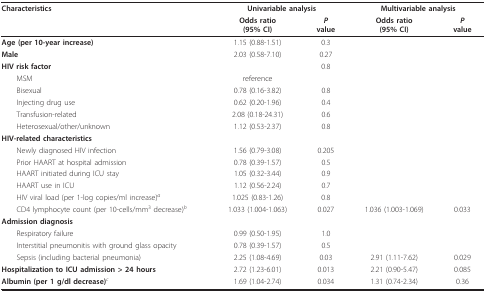
<table><thead><tr><td><b>Characteristics</b></td><td colspan="2"><b>Univariable analysis</b></td><td colspan="2"><b>Multivariable analysis</b></td></tr><tr><td></td><td><b>Odds ratio(95% CI)</b></td><td><b><i>P</i>value</b></td><td><b>Odds ratio(95% CI)</b></td><td><b><i>P</i>value</b></td></tr></thead><tbody><tr><td><b>Age (per 10-year increase)</b></td><td>1.15 (0.88-1.51)</td><td>0.3</td><td></td><td></td></tr><tr><td><b>Male</b></td><td>2.03 (0.58-7.10)</td><td>0.27</td><td></td><td></td></tr><tr><td><b>HIV risk factor</b></td><td></td><td>0.8</td><td></td><td></td></tr><tr><td> MSM</td><td>reference</td><td></td><td></td><td></td></tr><tr><td> Bisexual</td><td>0.78 (0.16-3.82)</td><td>0.8</td><td></td><td></td></tr><tr><td> Injecting drug use</td><td>0.62 (0.20-1.96)</td><td>0.4</td><td></td><td></td></tr><tr><td> Transfusion-related</td><td>2.08 (0.18-24.31)</td><td>0.6</td><td></td><td></td></tr><tr><td> Heterosexual/other/unknown</td><td>1.12 (0.53-2.37)</td><td>0.8</td><td></td><td></td></tr><tr><td><b>HIV-related characteristics</b></td><td></td><td></td><td></td><td></td></tr><tr><td> Newly diagnosed HIV infection</td><td>1.56 (0.79-3.08)</td><td>0.205</td><td></td><td></td></tr><tr><td> Prior HAART at hospital admission</td><td>0.78 (0.39-1.57)</td><td>0.5</td><td></td><td></td></tr><tr><td> HAART initiated during ICU stay</td><td>1.05 (0.32-3.44)</td><td>0.9</td><td></td><td></td></tr><tr><td> HAART use in ICU</td><td>1.12 (0.56-2.24)</td><td>0.7</td><td></td><td></td></tr><tr><td> HIV viral load (per 1-log copies/ml increase)<i><sup>a</sup></i></td><td>1.025 (0.83-1.26)</td><td>0.8</td><td></td><td></td></tr><tr><td> CD4 lymphocyte count (per 10-cells/mm<sup>3 </sup>decrease)<i><sup>b</sup></i></td><td>1.033 (1.004-1.063)</td><td>0.027</td><td>1.036 (1.003-1.069)</td><td>0.033</td></tr><tr><td><b>Admission diagnosis</b></td><td></td><td></td><td></td><td></td></tr><tr><td> Respiratory failure</td><td>0.99 (0.50-1.95)</td><td>1.0</td><td></td><td></td></tr><tr><td> Interstitial pneumonitis with ground glass opacity</td><td>0.78 (0.39-1.57)</td><td>0.5</td><td></td><td></td></tr><tr><td> Sepsis (including bacterial pneumonia)</td><td>2.25 (1.08-4.69)</td><td>0.03</td><td>2.91 (1.11-7.62)</td><td>0.029</td></tr><tr><td><b>Hospitalization to ICU admission &gt; 24 hours</b></td><td>2.72 (1.23-6.01)</td><td>0.013</td><td>2.21 (0.90-5.47)</td><td>0.085</td></tr><tr><td><b>Albumin (per 1 g/dl decrease)</b><i><sup>c</sup></i></td><td>1.69 (1.04-2.74)</td><td>0.034</td><td>1.31 (0.74-2.34)</td><td>0.36</td></tr></tbody></table>